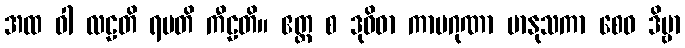
အထ ဝါ လဠတိ ရမတိ ကီဠတိ။ ဧတ္ထ စ ဒုဝိဓာ ကာမဂုဏာ မာနုသကာ စေဝ ဒိဗ္ဗာ